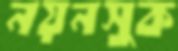
নয়নসুক